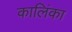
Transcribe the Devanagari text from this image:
कालिंका